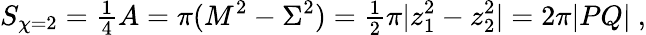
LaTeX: S_{\chi=2}={\textstyle\frac{1}{4}}A=\pi(M^{2}-\Sigma^{2})={\textstyle\frac{1}{2}}\pi|z_{1}^{2}-z_{2}^{2}|=2\pi|PQ|\ ,